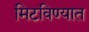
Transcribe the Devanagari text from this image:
मिटविण्यात